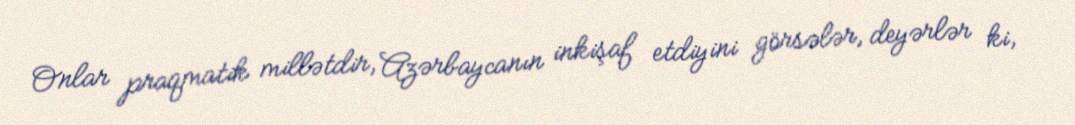
Onlar praqmatik millətdir, Azərbaycanın inkişaf etdiyini görsələr, deyərlər ki,